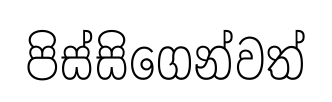
පිස්සිගෙන්වත්